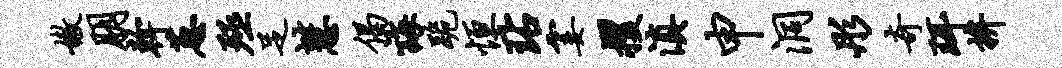
嫩朋干葱殛足慧偈诲跪恒玷霎攫滇申洞彤奇珥拚